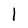
Character: 1